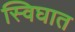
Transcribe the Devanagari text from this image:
स्विघात